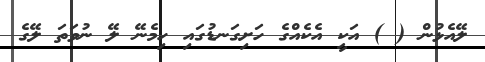
ލޭއެޅުން ( ) އަކީ އެކެއްގެ ހަށިގަނޑުގައި ހިމެނޭ ލޭ ނުވަތަ ލޭގެ